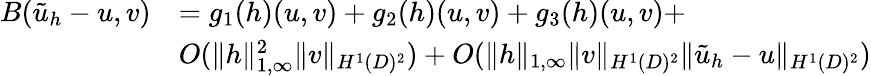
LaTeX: \begin{array}{rl}{B(\tilde{u}_{h}-u,v)}&{=g_{1}(h)(u,v)+g_{2}(h)(u,v)+g_{3}(h)(u,v)+}\\ &{O(\| h\| _{1,\infty}^{2}\| v\| _{H^{1}(D)^{2}})+O(\| h\| _{1,\infty}\| v\| _{H^{1}(D)^{2}}\| \tilde{u}_{h}-u\| _{H^{1}(D)^{2}})}\end{array}